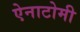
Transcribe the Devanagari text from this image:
ऐनाटोमी